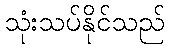
သုံးသပ်နိုင်သည်